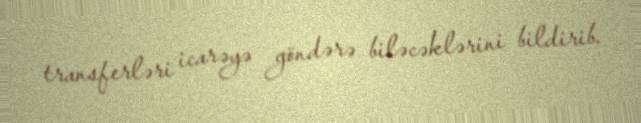
transferləri icarəyə göndərə biləcəklərini bildirib.